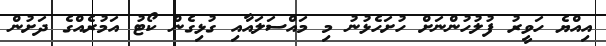
އިއްޔެ ހަވީރު ފުލުހުންނަށް ހުށަހެޅުނު މި މައްސަލައާއި ގުޅިގެން ކޯޓު އަމުރެއްގެ ދަށުން